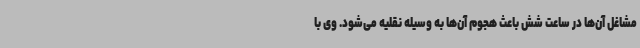
مشاغل آن‌ها در ساعت شش باعث هجوم آن‌ها به وسیله نقلیه می‌شود. وی با